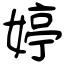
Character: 婷